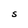
Character: S